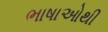
ભાષાઓથી